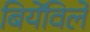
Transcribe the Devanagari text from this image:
बियेंविले